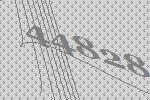
44828